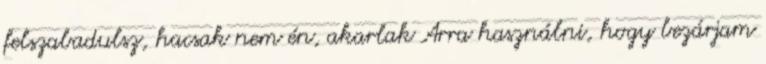
felszabadulsz, hacsak nem én, akarlak Arra használni, hogy bezárjam